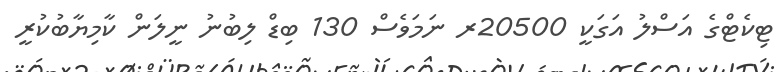
ޓިކެޓްގެ އަސްލު އަގަކީ 20500ރ ނަމަވެސް 130 ބިޑް ލިބުނު ނީލަން ކާމިޔާބުކުރީ